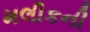
મલીકની